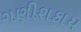
ગણીશકાય